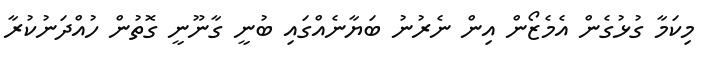
މިކަމާ ގުޅުގެން އެމެޒޯން އިން ނެރުނު ބަޔާނެއްގައި ބުނީ ގާނޫނީ ގޮތުން ހުއްދަނުކުރާ